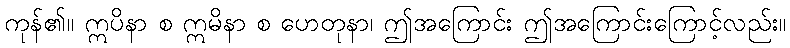
ကုန်၏။ ဣပိနာ စ ဣမိနာ စ ဟေတုနာ၊ ဤအကြောင်း ဤအကြောင်းကြောင့်လည်း။